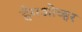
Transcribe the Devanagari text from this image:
हँगओव्हर